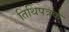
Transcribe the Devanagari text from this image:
तिथिपत्रक